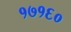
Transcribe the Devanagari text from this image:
१७१६०